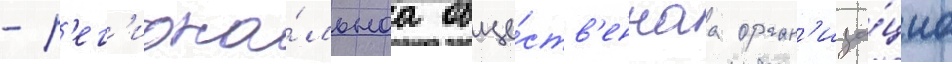
- р'ег'иона́льнаа обще́ств'еннаа орган'иза́циа